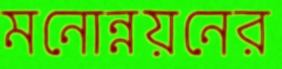
মনোন্নয়নের